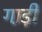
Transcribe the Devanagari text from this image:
गा़ड़ी